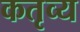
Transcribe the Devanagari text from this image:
कतृव्य